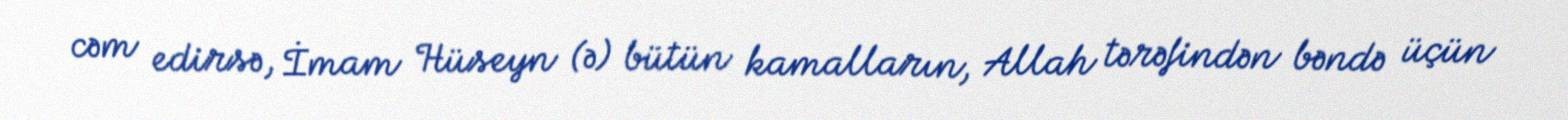
cəm edirsə, İmam Hüseyn (ə) bütün kamalların, Allah tərəfindən bəndə üçün